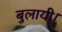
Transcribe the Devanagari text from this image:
बुलायी।